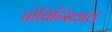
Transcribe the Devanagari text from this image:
प्रोविन्सिअल